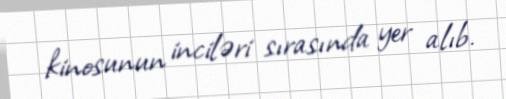
kinosunun inciləri sırasında yer alıb.